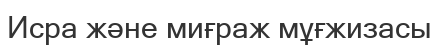
Исра және миғраж мұғжизасы